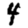
Digit: 4